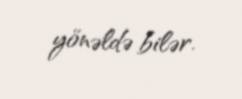
yönəldə bilər.